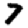
Digit: 7